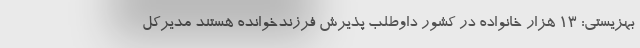
بهزیستی: ۱۳ هزار خانواده در کشور داوطلب پذیرش فرزندخوانده هستند مدیرکل